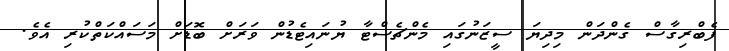
ފެބްރިގާސް ގެންދަން މިދިޔަ ސީޒަނުގައި މެންޗެސްޓާ ޔުނައިޓެޑުން ވަރަށް ބޮޑަށް މަސައްކަތްކުރި އެވެ.